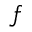
f